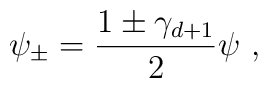
\psi_{\pm}=\frac{1 \pm \gamma_{d+1}}{2}\psi\,\,,